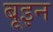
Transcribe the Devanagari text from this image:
बूइन